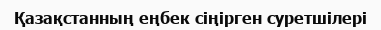
Қазақстанның еңбек сіңірген суретшілері